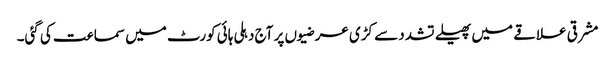
مشرقی علاقے میں پھیلے تشدد سے کڑی عرضیوں پر آج دہلی ہائی کورٹ میں سماعت کی گئی۔